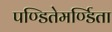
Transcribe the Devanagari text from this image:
पण्डितेमर्ण्डिता